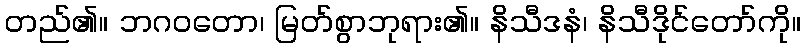
တည်၏။ ဘဂဝတော၊ မြတ်စွာဘုရား၏။ နိသီဒနံ၊ နိသီဒိုင်တော်ကို။